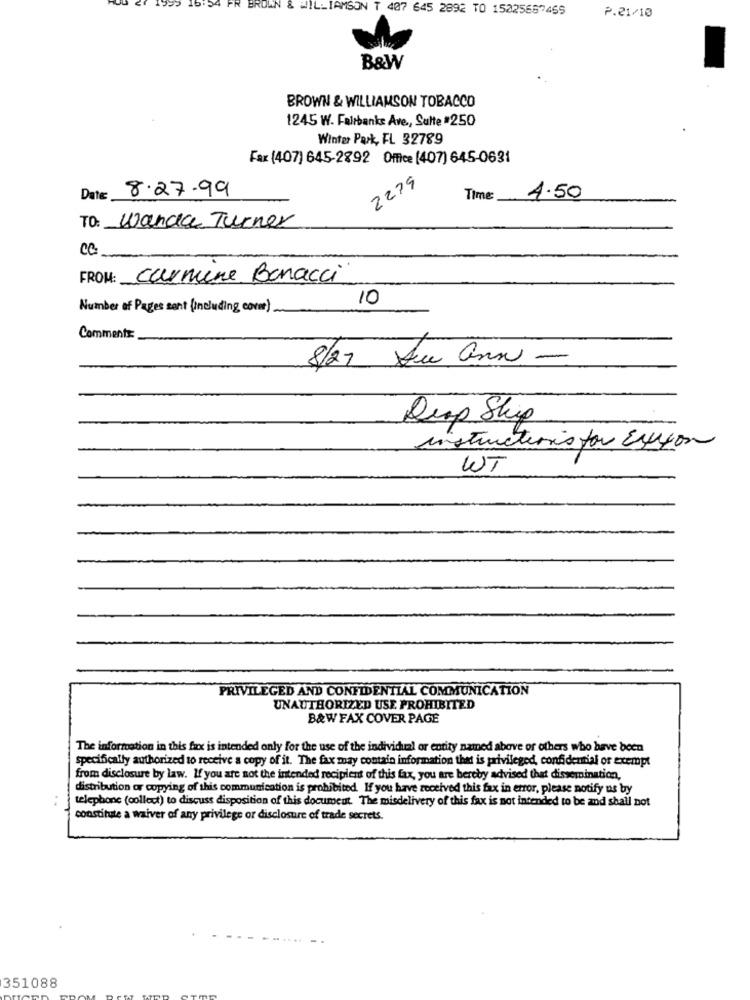
FR BROWN
WILLIAMSON T 407 645 2892 TO 15225667455
P.21/10
B&W
BROWN & WILLIAMSON TOBACCO
1245 W. Fairbanks Ave ., Sulte #250
Winter Park, FL 32789
Fax (407) 645-2892 Office (407) 645-0631
2279
8.27.99
Date:
Time
4.50
TO: Wanda Turner
FROM: carmine Bonacci
10
Number of Pages sont (including covm)
Comments:
8/27 Sue ann -
Resp Ship
instructions for Exxon
WT
PRIVILEGED AND CONFIDENTIAL COMMUNICATION
UNAUTHORIZED USE PROHIBITED
B&WFAX COVER PAGE
The information in this fax is intended only for the use of the individual or entity named above or others who have been
specifically authorized to receive a copy of it. The fax may contain information that is privileged, confidential or exempt
from disclosure by law. If you are not the intended recipient of this fax, you are hereby advised that dissemination,
distribution or copying of this communication is prohibited. If you have received this fax in error, please notify us by
telephone (collect) to discuss disposition of this document. The misdelivery of this fax is not intended to be and shall not
constitute a waiver of any privilege or disclosure of trade secrets.
351088